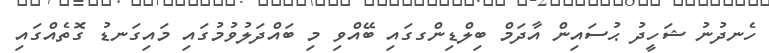
ހެނދުނު ޝަހީދު ޙުސައިން އާދަމް ބިލްޑިންގގައި ބޭއްވި މި ބައްދަލުވުމުގައި މައިގަނޑު ގޮތެއްގައި